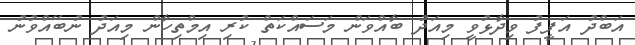
އަބްދު އަފީފު ވިދާޅުވީ މިއަދު ބާއްވަން މަސައްކަތް ކުރި އިމްތިހާން މިއަދު ނުބޭއްވުނު